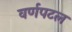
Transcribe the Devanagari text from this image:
वर्णपटल